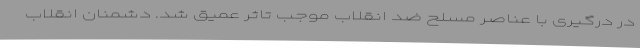
در درگیری با عناصر مسلح ضد انقلاب موجب تاثر عمیق شد. دشمنان انقلاب